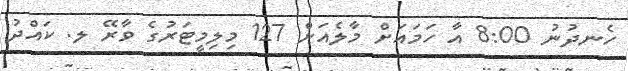
ހެނދުނު 8:00 އާ ހަމައަށް މާލެއަށް 127 މިލިމީޓަރުގެ ވާރޭ ލ. ކައްދު